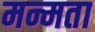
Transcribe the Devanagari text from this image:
मन्मता